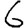
Digit: 6